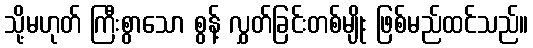
သို့မဟုတ် ကြီးစွာသော စွန့် လွှတ်ခြင်းတစ်မျိုး ဖြစ်မည်ထင်သည်။